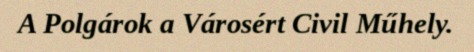
A Polgárok a Városért Civil Műhely.